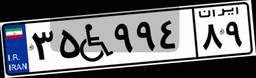
۳۵W۹۹۴۸۹